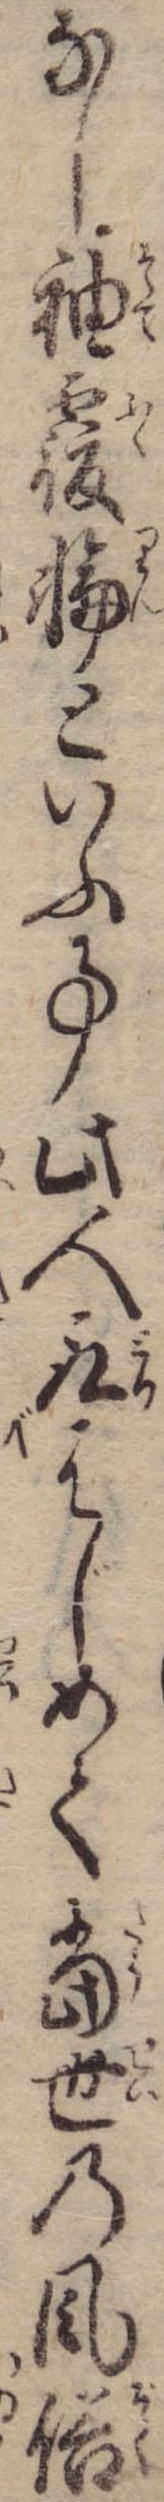
なし袖覆輪といふ事此人取はじめて当世の風俗